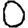
Digit: 0